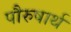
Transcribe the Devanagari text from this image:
पौरुषार्थ